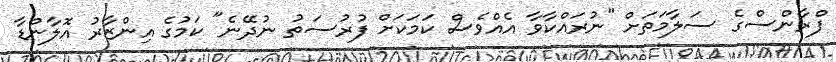
ފްރާންސްގެ ސަލާމަަތަށް "ނުރައްކާވާ އެއްވެސް ކަމަކަށް ފުރުސަތު ނުދޭނެ" ކަމުގެ އިންޒާރު އޮލާންޑާ